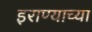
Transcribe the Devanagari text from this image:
इराण्याच्या